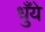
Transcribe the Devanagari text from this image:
धुँये